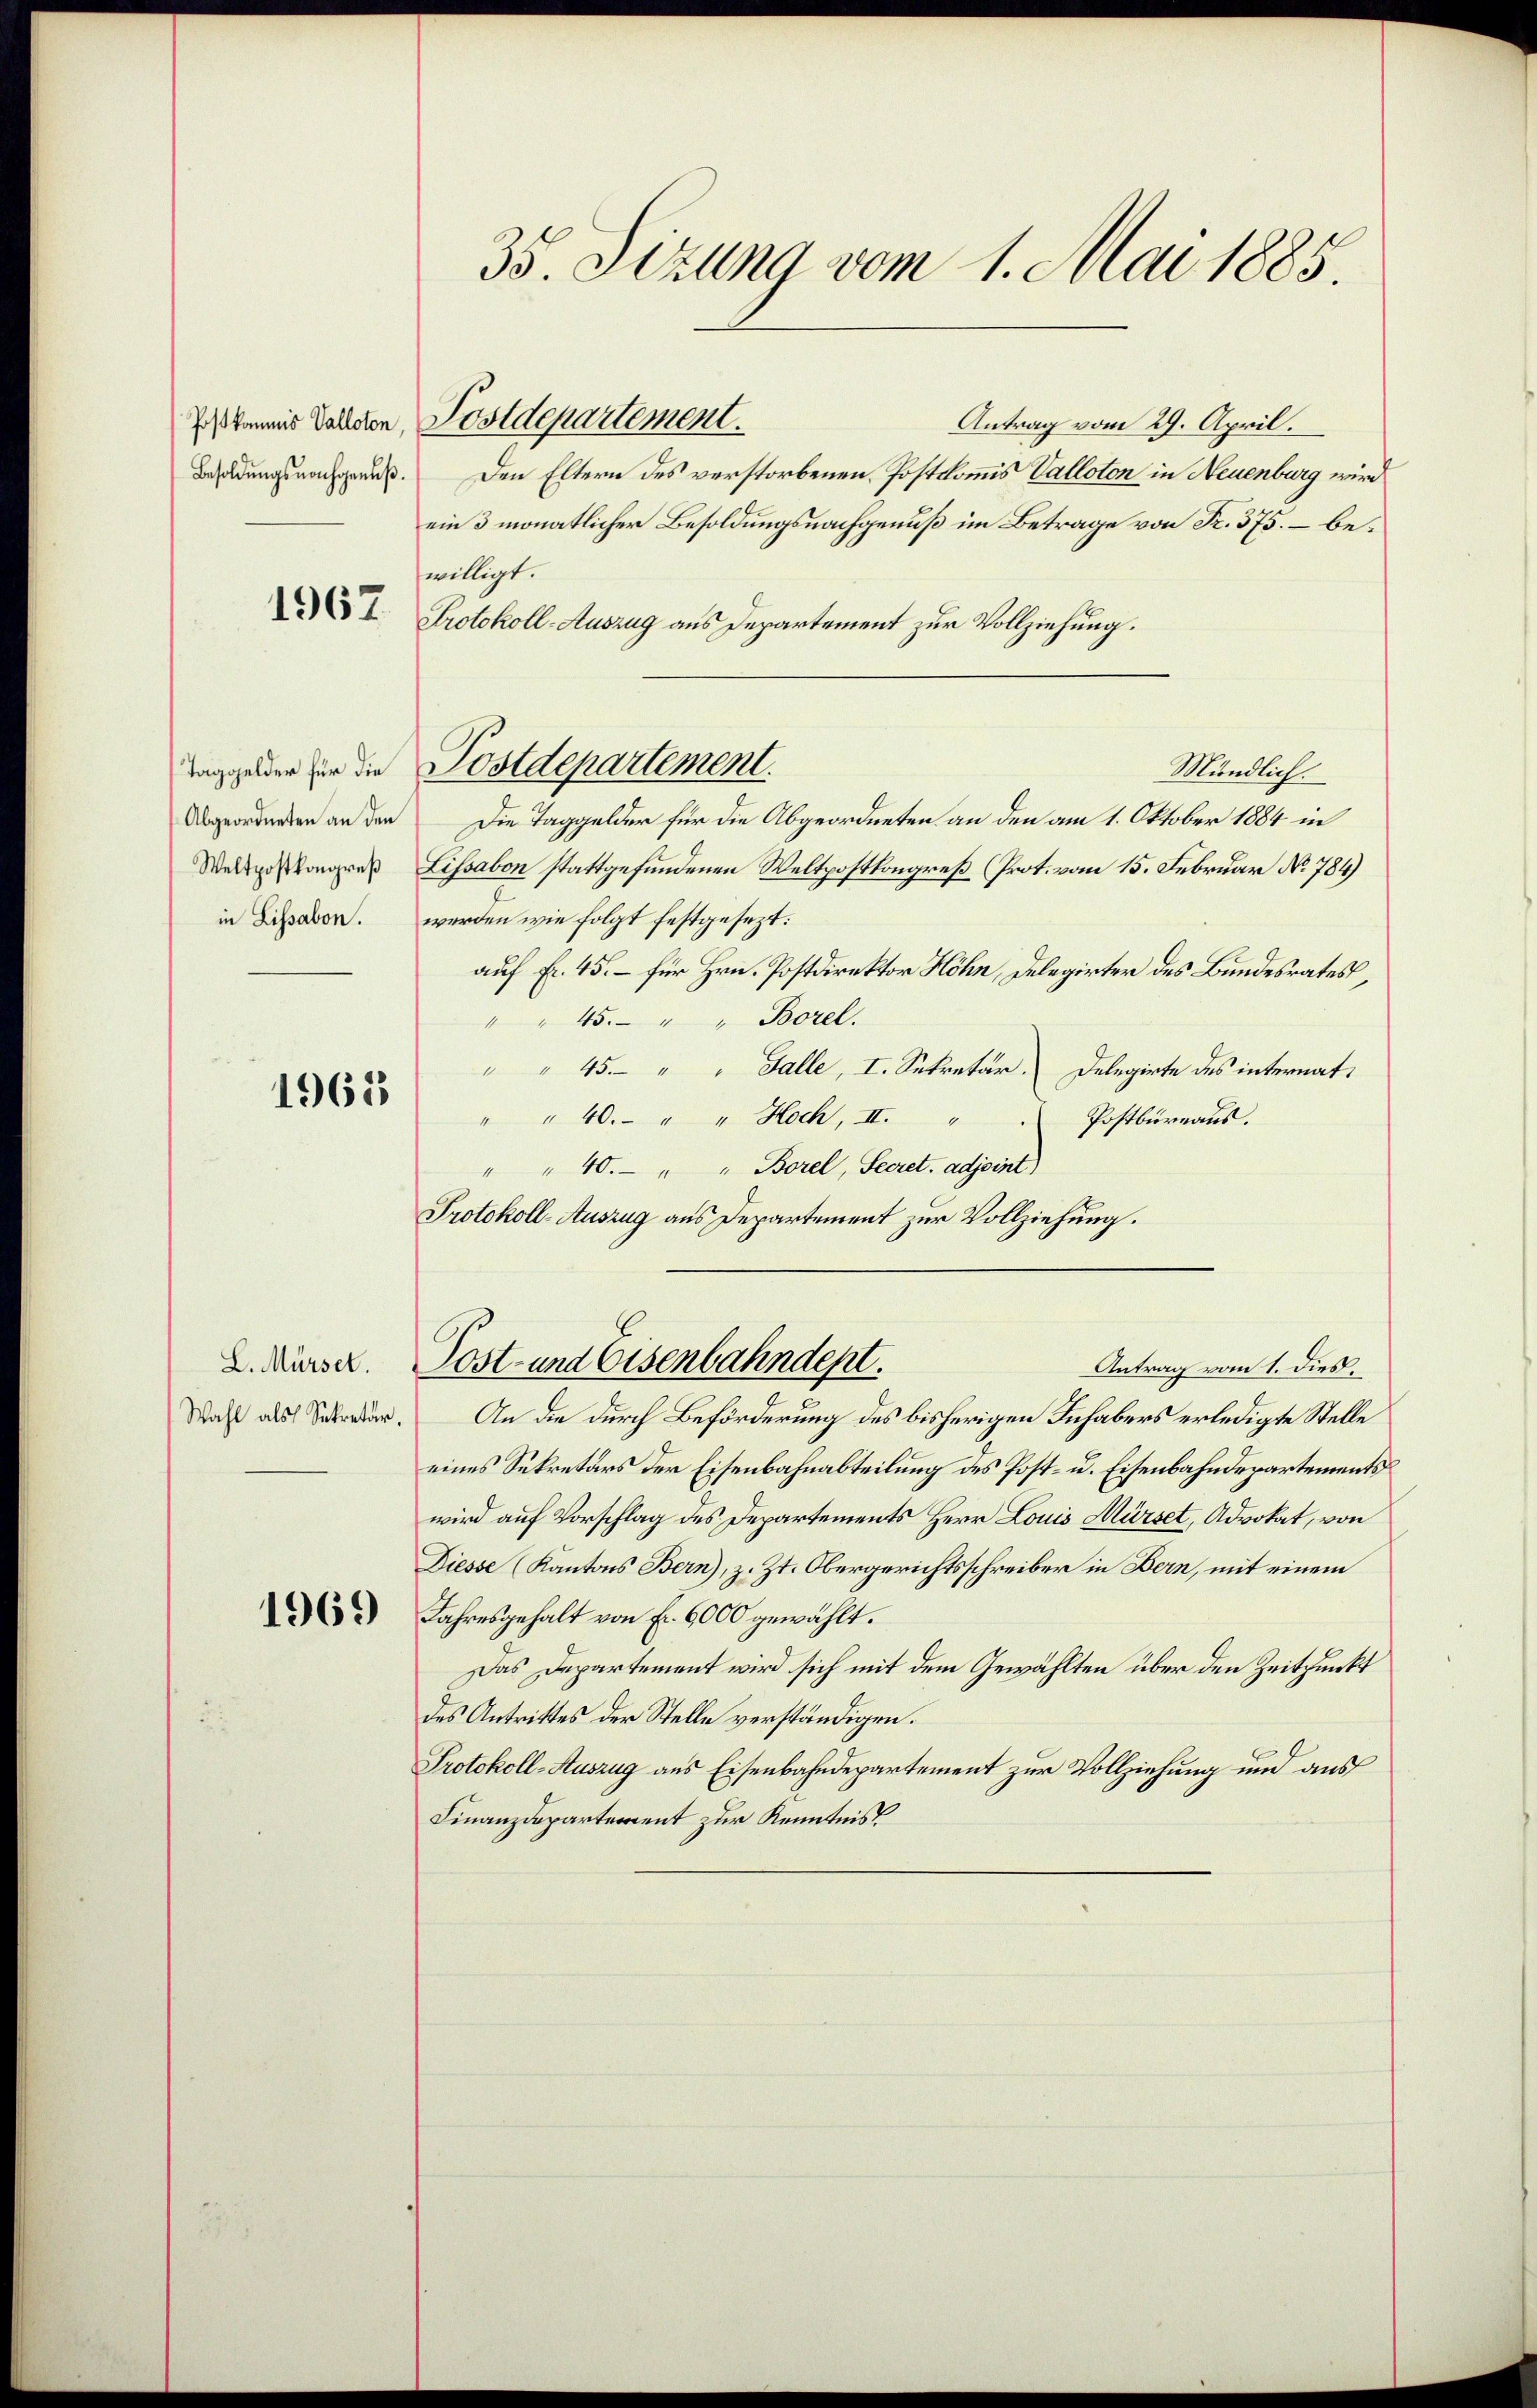
Besoldŭngsnachgenuß.

1967

Weltpostkongreß
in Lissabon.

1962

L. Mürsel
Wahl als Sekretär.

1969

Antrag vom 29. April.
Den Eltern des verstorbenen Postkommis Valloton in Neuenburg wird
ein 3 monatlicher Besoldungsnachgenuß im Betrage von Fr. 375. – bewilligt.
Protokoll-Auszug aus Departement zur Vollziehung.
Mündlich.
Abgeordneten an den Die Taggelder für die Abgeordneten an den am 1. Oktober 1884 in
Lissabon stattgefundenen Weltpostkongreß (Prot. vom 15. Februar No. 784)
werden wie folgt festgesezt:
auf Fr. 45. – für Hrn. Postdirektor Höhn, Delegirter des Bundesrates,
" " 45. " " Borel.
" " 45. " " Galle, I. Sekretär. Delegirte des internat¬
" " 40. " " Hoch, II. " " Postbüreaŭs.
" 40. " " Borel, Secret. adjoint)
Protokoll-Auszug aus Departement zur Vollziehung.

35. Sizung vom 1. Mai 1885

Istkommnis Tallaten, Postdepartement

Taggelder für die Postdepartement.

Post- und Eisenbahndept.
Antrag vom 1. dies

An die durch Beförderung des bisherigen Inhabers erledigte Stelle
eines Sekretärs der Eisenbahnabteilung des Post- u. Eisenbahndepartements
wird auf Vorschlag des Departements Herr Louis Mürset, Advokat, von
Diesse (Kantons Bern), z. Zt. Obergerichtsschreiber in Bern, mit einem
Jahresgehalt von Fr. 6000 gewählt.
Das Departement wird sich mit dem Gewählten über den Zeitpunkt
des Antrittes der Stelle verständigen.
Protokoll-Auszug aus Eisenbahndepartement zur Vollziehung und aus
Finanzdepartement zur Kenntnis